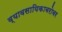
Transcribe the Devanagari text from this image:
व्यावसायिकाबरोबर